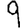
Digit: 9